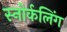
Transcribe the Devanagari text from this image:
स्‍नोर्कलिंग